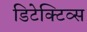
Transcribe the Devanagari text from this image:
डिटेक्टिव्स